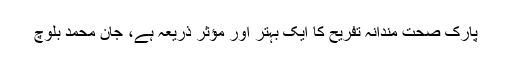
پارک صحت مندانہ تفریح کا ایک بہتر اور مؤثر ذریعہ ہے، جان محمد بلوچ